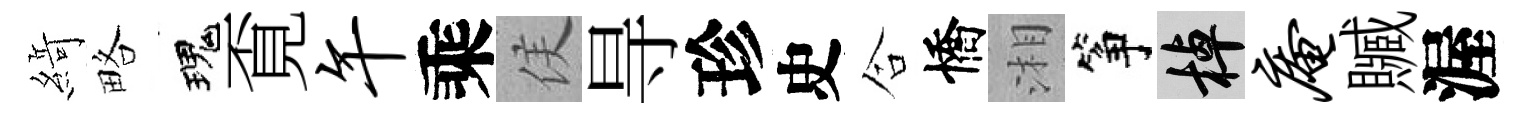
𦂶略瑰覔午乘侯㝵珍史合憍湘筝棹庵贓渥